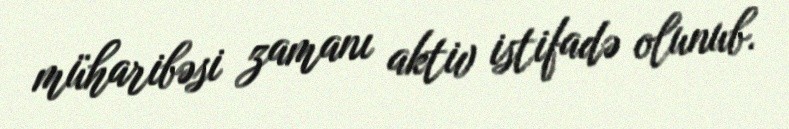
müharibəsi zamanı aktiv istifadə olunub.